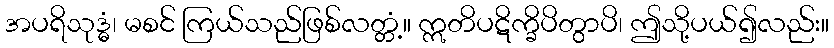
အပရိသုဒ္ဓံ၊ မစင် ကြယ်သည်ဖြစ်လတ္တံ့။ ဣတိပဋိက္ခိပိတွာပိ၊ ဤသို့ပယ်၍လည်း။